Indian journal of veterinary science and animal husbandry - Volumes 22-23, 1952-1953
Year: 1952
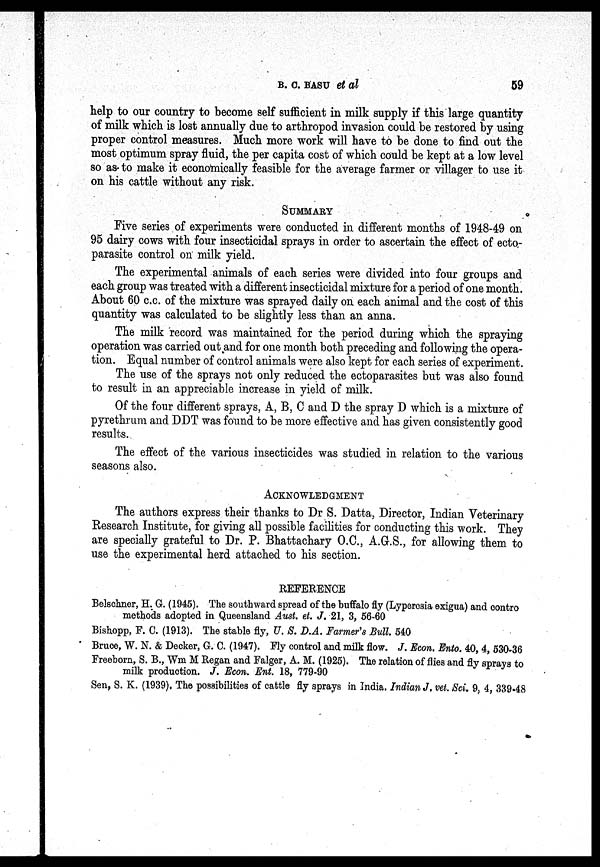
B. C. BASU et al
59
help to our country to become self sufficient in milk supply if this large quantity
of milk which is lost annually due to arthropod invasion could be restored by using
proper control measures. Much more work will have to be done to find out the
most optimum spray fluid, the per capita cost of which could be kept at a low level
so as to make it economically feasible for the average farmer or villager to use it
on his cattle without any risk.
SUMMARY
Five series of experiments were conducted in different months of 1948-49 on
95 dairy cows with four insecticidal sprays in order to ascertain the effect of ecto-
parasite control on milk yield.
The experimental animals of each series were divided into four groups and
each group was treated with a different insecticidal mixture for a period of one month.
About 60 c.c. of the mixture was sprayed daily on each animal and the cost of this
quantity was calculated to be slightly less than an anna.
The milk record was maintained for the period during which the spraying
operation was carried out and for one month both preceding and following the opera-
tion. Equal number of control animals were also kept for each series of experiment.
The use of the sprays not only reduced the ectoparasites but was also found
to result in an appreciable increase in yield of milk.
Of the four different sprays, A, B, C and D the spray D which is a mixture of
pyrethrum and DDT was found to be more effective and has given consistently good
results.
The effect of the various insecticides was studied in relation to the various
seasons also.
ACKNOWLEDGEMENT
The authors express their thanks to Dr S. Datta, Director, Indian Veterinary
Research Institute, for giving all possible facilities for conducting this work. They
are specially grateful to Dr. P. Bhattachary O.C., A.G.S., for allowing them to
use the experimental herd attached to his section.
REFERENCE
Belschner, H. G. (1945). The southward spread of the buffalo fly (Lyperesia exigua) and contro
methods adopted in Queensland Aust. et. J. 21, 3, 56-60
Bishopp, F. C. (1913). The stable fly, U. S. D.A. Farmer's Bull. 540
Bruce, W. N. & Decker, G. C. (1947). Fly control and milk flow. J. Econ. Ento. 40, 4, 530-36
Freeborn, S. B., Wm M Regan and Falger, A. M. (1925). The relation of flies and fly sprays to
milk production. J. Econ. Ent. 18, 779-90
Sen, S. K. (1939). The possibilities of cattle fly sprays in India. Indian J, vet. Sci, 9, 4, 339-48